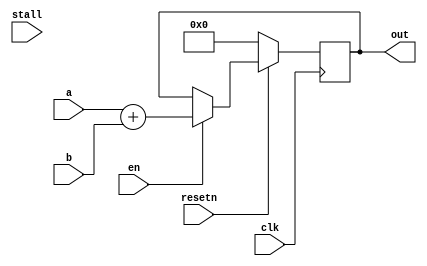

module bfloat_adder_8 (
 input clk,
 input resetn,
 input en,
 input stall,
 input [8-1:0] a,
 input [8-1:0] b,
 output reg[8-1:0] out
);

always@(posedge clk)begin
  if(!resetn)
    out <= 'h0;
  else
    if(en)
      out <= a + b;
end

endmodule